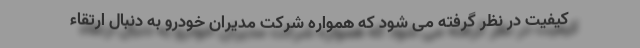
کیفیت در نظر گرفته می شود که همواره شرکت مدیران خودرو به دنبال ارتقاء